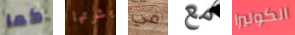
كما بشرتها في مع الكوليرا